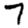
Digit: 7